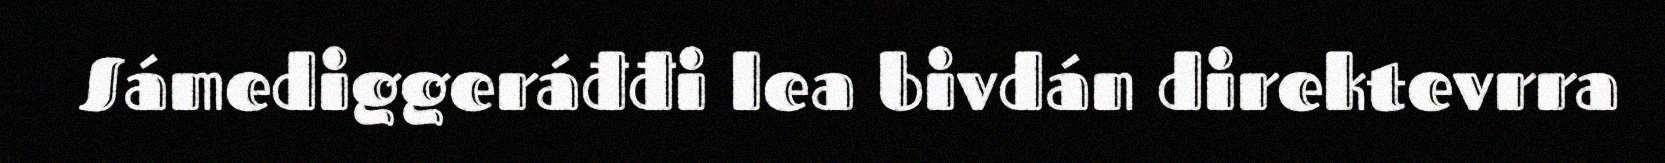
Sámediggeráđđi lea bivdán direktevrra